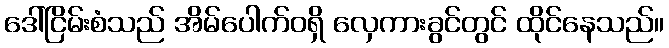
ဒေါ်ငြိမ်းစံသည် အိမ်ပေါက်ဝရှိ လှေကားခွင်တွင် ထိုင်နေသည်။